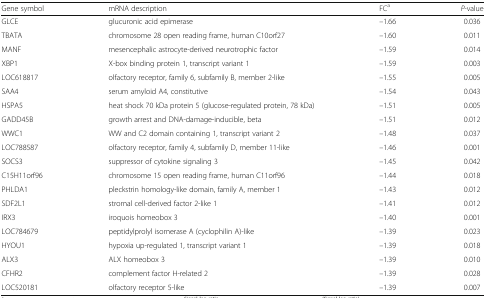
| Gene symbol | mRNA description | FCa | P-value |
 | --- | --- | --- | --- |
 | GLCE | glucuronic acid epimerase | –1.66 | 0.036 |
 | TBATA | chromosome 28 open reading frame, human C10orf27 | –1.60 | 0.011 |
 | MANF | mesencephalic astrocyte-derived neurotrophic factor | –1.59 | 0.014 |
 | XBP1 | X-box binding protein 1, transcript variant 1 | –1.59 | 0.003 |
 | LOC618817 | olfactory receptor, family 6, subfamily B, member 2-like | –1.55 | 0.005 |
 | SAA4 | serum amyloid A4, constitutive | –1.54 | 0.043 |
 | HSPA5 | heat shock 70 kDa protein 5 (glucose-regulated protein, 78 kDa) | –1.51 | 0.005 |
 | GADD45B | growth arrest and DNA-damage-inducible, beta | –1.51 | 0.012 |
 | WWC1 | WW and C2 domain containing 1, transcript variant 2 | –1.48 | 0.037 |
 | LOC788587 | olfactory receptor, family 4, subfamily D, member 11-like | –1.46 | 0.001 |
 | SOCS3 | suppressor of cytokine signaling 3 | –1.45 | 0.042 |
 | C15H11orf96 | chromosome 15 open reading frame, human C11orf96 | –1.44 | 0.018 |
 | PHLDA1 | pleckstrin homology-like domain, family A, member 1 | –1.43 | 0.012 |
 | SDF2L1 | stromal cell-derived factor 2-like 1 | –1.41 | 0.012 |
 | IRX3 | iroquois homeobox 3 | –1.40 | 0.001 |
 | LOC784679 | peptidylprolyl isomerase A (cyclophilin A)-like | –1.39 | 0.023 |
 | HYOU1 | hypoxia up-regulated 1, transcript variant 1 | –1.39 | 0.018 |
 | ALX3 | ALX homeobox 3 | –1.39 | 0.010 |
 | CFHR2 | complement factor H-related 2 | –1.39 | 0.028 |
 | LOC520181 | olfactory receptor 5-like | –1.39 | 0.007 |